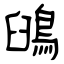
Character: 䳎